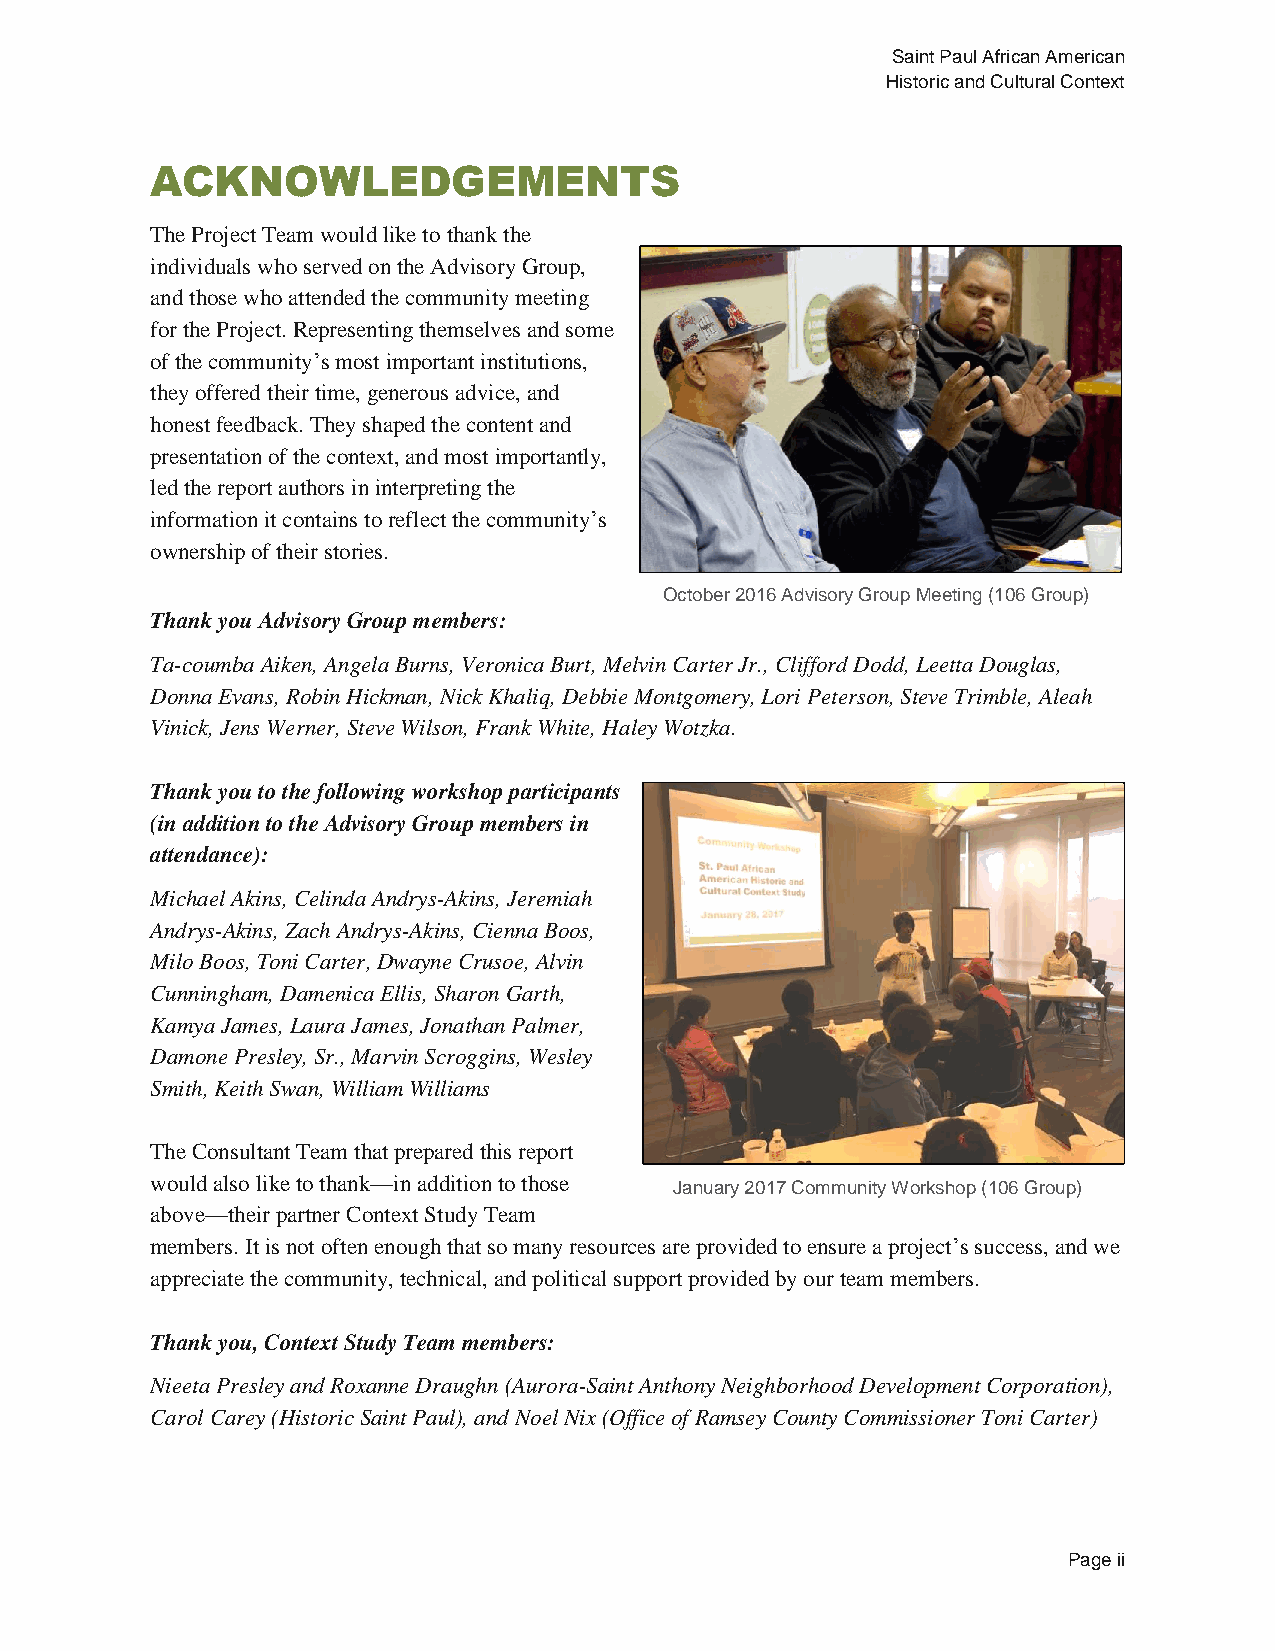
Saint Paul African American
 Historic and Cultural Context
 ACKNOWLEDGEMENTS
 The Project Team would like to thank the
 individuals who served on the Advisory Group,
 and those who attended the community meeting
 for the Project. Representing themselves and some
 of the community’s most important institutions,
 they offered their time, generous advice, and
 honest feedback. They shaped the content and
 presentation of the context, and most importantly,
 led the report authors in interpreting the
 information it contains to reflect the community’s
 ownership of their stories.
 October 2016 Advisory Group Meeting (106 Group)
 Thank you Advisory Group members:
 Ta-coumba Aiken, Angela Burns, Veronica Burt, Melvin Carter Jr., Clifford Dodd, Leetta Douglas,
 Donna Evans, Robin Hickman, Nick Khaliq, Debbie Montgomery, Lori Peterson, Steve Trimble, Aleah
 Vinick, Jens Werner, Steve Wilson, Frank White, Haley Wotzka.
 Thank you to the following workshop participants
 (in addition to the Advisory Group members in
 attendance):
 Michael Akins, Celinda Andrys-Akins, Jeremiah
 Andrys-Akins, Zach Andrys-Akins, Cienna Boos,
 Milo Boos, Toni Carter, Dwayne Crusoe, Alvin
 Cunningham, Damenica Ellis, Sharon Garth,
 Kamya James, Laura James, Jonathan Palmer,
 Damone Presley, Sr., Marvin Scroggins, Wesley
 Smith, Keith Swan, William Williams
 The Consultant Team that prepared this report
 would also like to thank—in addition to those
 January 2017 Community Workshop (106 Group)
 above—their partner Context Study Team
 members. It is not often enough that so many resources are provided to ensure a project’s success, and we
 appreciate the community, technical, and political support provided by our team members.
 Thank you, Context Study Team members:
 Nieeta Presley and Roxanne Draughn (Aurora-Saint Anthony Neighborhood Development Corporation),
 Carol Carey (Historic Saint Paul), and Noel Nix (Office of Ramsey County Commissioner Toni Carter)
 Page ii